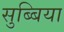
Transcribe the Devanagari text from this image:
सुब्बिया